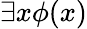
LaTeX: \exists x\phi(x)